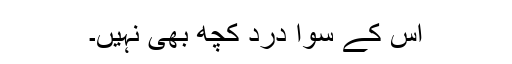
اس کے سوا درد کچھ بھی نہیں۔